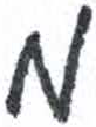
אות: מ